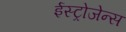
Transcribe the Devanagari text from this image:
ईस्ट्रोजेन्स